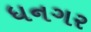
ધનગર